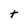
Character: t